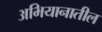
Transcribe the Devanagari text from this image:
अभियानातील